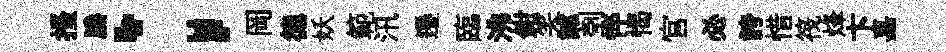
搔縢；岡德妖範汛遷臨沸鉗笑謔刳悴愒官必誇惜筏烽卞嘉